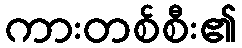
ကားတစ်စီး၏